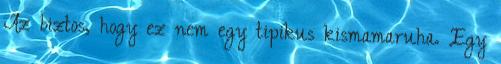
Az biztos, hogy ez nem egy tipikus kismamaruha. Egy